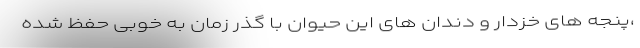
،‌پنجه های خزدار و دندان های این حیوان با گذر زمان به خوبی حفظ شده